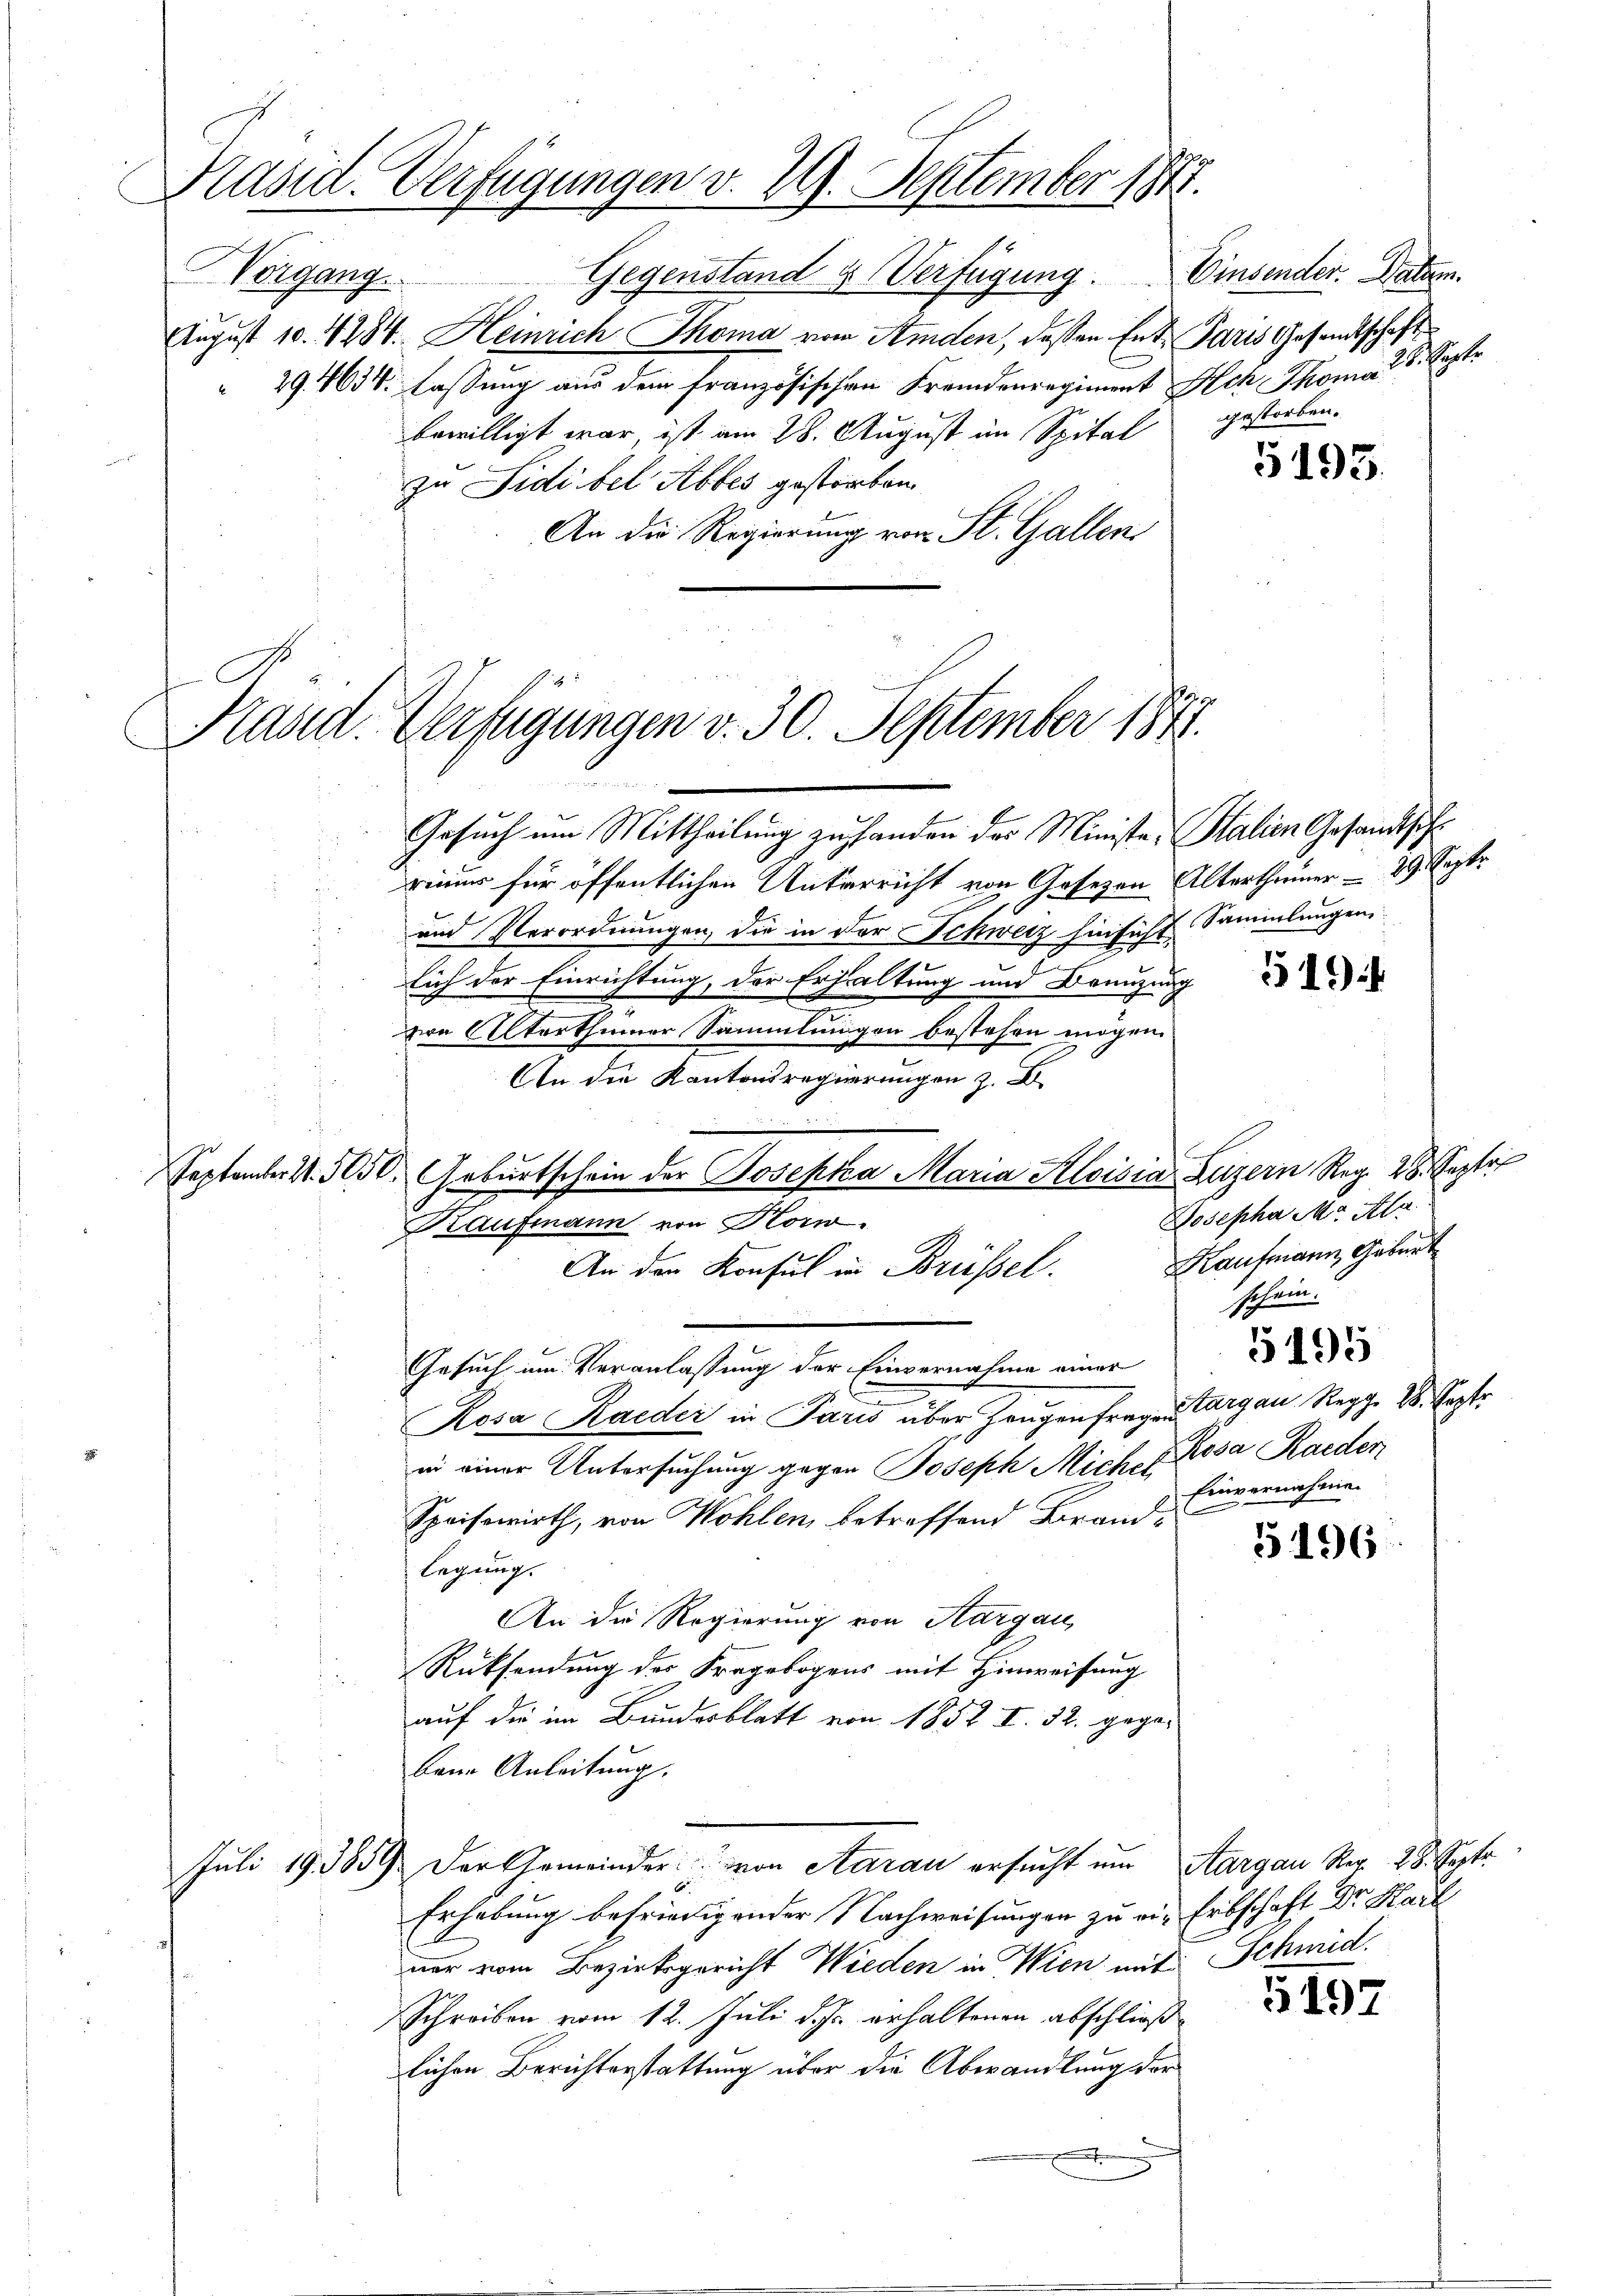
Präsid. Verfügungen v. 29. September 1847.
Vorgang
Gegenstand & Verfügung. Einsender. Natum.

s

August 10. 4284. Heinrich Thoma von Amden, deßen Ent- Paris Gesandtschaft
 29. 4634. lassung aus dem französischen Fremdenregiment Ach Thoma 28. Septe
bewilligt war ist am 28. August im Spital gestorben.
zu Sidibel Abbes gestorben.
An die Regierung von St. Gallen

C

Hand. Verfügungen v. 30. September 1844.

Kaufmann von Korw.

Gesuch um Mittheilung zu fanden des Ministe, Stalien Gesandt sicht
inur für öffentlichen Unterricht von Gesezen Altertheiner 29. Sept.
und Verordnungen, die in der Schweiz hinsicht Sammlungen,
lich der Einrichtung, der Erhaltung und Branzung
zwe Alterthümer Sammlungen bestehen mögen.
An die Kantonsregierungen z. B.
Peptanter S. 3050. Geburtschein der Josepha Maria Aloisia Luzern Reg. 28. Septe
Kaufmann, Geburt
An der Konsul in Brüssel.
Gesuch um Veranlassung der Einvernahme einer
d
Rosa Kaeder in Paris über Zeugenfrage argau Regg. 28. Septe
in einer Untersuchung gegen Joseph Mich. E. Rosa Raeder
Speisewirth, von Wohlen, betreffend Brand¬
5196
legung.
An die Regierung von Aargau
Rücksendung des Fragebogens mit Hinweisung
auf die im Bundesblatt von 1852 I. 32. gegebeim Anleitung.
Juli 193859 der Gemeinder von Aarau ersucht um Aargau Rer. 28. Septe
Erhebung befriedigender Nachweisungen zu ein Erbschaft Dr Harl
ner vom Bezirksgericht Wieden in Wien mit Schmid.
G197
Schreiben vom 12. Juli d. Js. erhaltenen abschließ
lichen Berichterstattung über die Abwandlung der

Josepha Ma Ala
schein.

5193.

5195

Einvernahme.